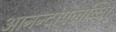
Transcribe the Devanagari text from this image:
आनन्दोपलब्धि।